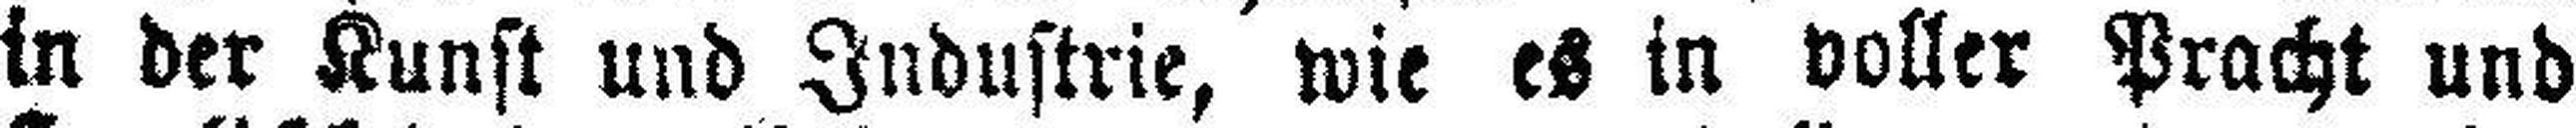
in der Kunst und Industrie, wie es in voller Pracht und